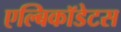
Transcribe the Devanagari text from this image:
एल्बिकॉडेटस